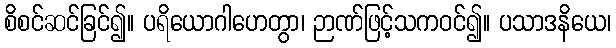
စိစင်ဆင်ခြင်၍။ ပရိယောဂါဟေတွာ၊ ဉာဏ်ဖြင့်သကဝင်၍။ ပသာဒနိယေ၊